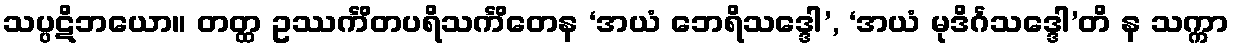
သပ္ပဋိဘယော။ တတ္ထ ဥဿင်္ကိတပရိသင်္ကိတေန ‘အယံ ဘေရိသဒ္ဒေါ’, ‘အယံ မုဒိင်္ဂသဒ္ဒေါ’တိ န သက္ကာ